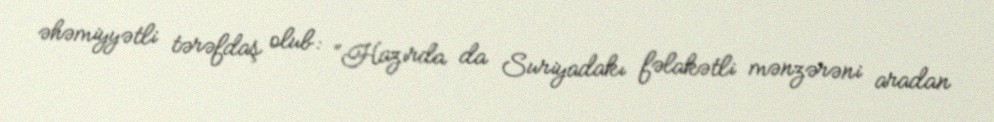
əhəmiyyətli tərəfdaş olub: “Hazırda da Suriyadakı fəlakətli mənzərəni aradan